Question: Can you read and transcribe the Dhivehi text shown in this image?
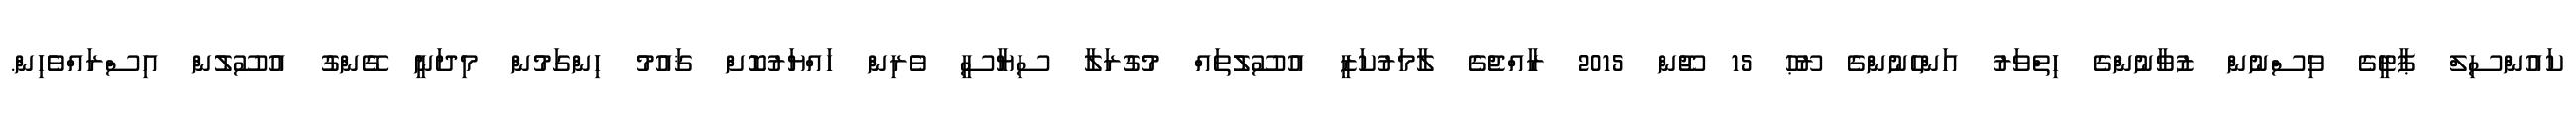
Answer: ކައުންސިލް ޕާޓީގެ ވިސްނުން ޒުވާނުންގެ ހިތްވަރު އަންހެނުންގެ ރޫޙު 15 ޖޫން 2015 ރާއްޖެގެ ލާމަރުކަޒީ އުސޫލުތައް މުގުރަލާ ސިޔާސީ ވެރިން ހައްޔަރުކޮށް ޤައުމު ހިންގަމުން މިދަނީ ގޭންގު އުސޫލުން އިސްރައްވެހިން.